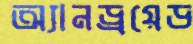
অ্যানড্রয়েড